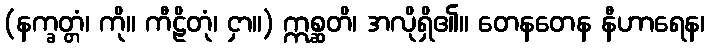
(နက္ခတ္တံ၊ ကို။ ကီဠိတုံ၊ ငှာ။) ဣစ္ဆတိ၊ အလိုရှိ၏။ တေနတေန နီဟာရေန၊